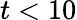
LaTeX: t<10